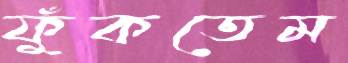
ফুঁকতেম